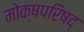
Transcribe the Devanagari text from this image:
मोक्षपरिषद्